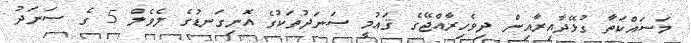
މަސައްކަތާ ގުޅޭދާއިރާއިން ދިވެހިރާއްޖޭގެ ޤައުމީ ސަނަދުތަކުގެ އޮނިގަނޑުގެ ލެވެލް 5 ގެ ސަނަދު